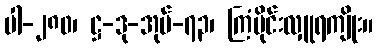
ပါ-၂၈၀၊ ဋ္ဌ-ဒု-အုပ်-၇၃၊ ကြံပိုင်းလှူရကျိုး။